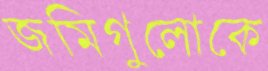
জমিগুলোকে